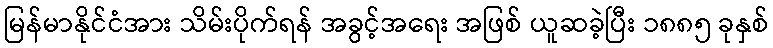
မြန်မာနိုင်ငံအား သိမ်းပိုက်ရန် အခွင့်အရေး အဖြစ် ယူဆခဲ့ပြီး ၁၈၈၅ ခုနှစ်